Lunatic asylums Punjab 1881-1894 - 1881-1894
Year: 1881
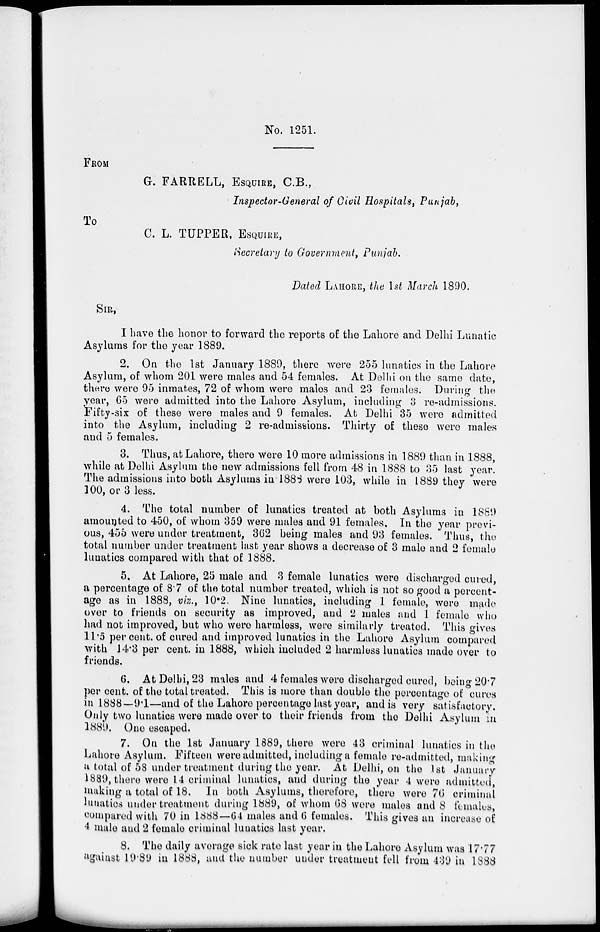
No. 1251.
FROM
G. FARRELL, ESQUIRE, C.B.,
Inspector-General of Civil Hospitals, Punjab,
To
C. L. TUPPER, ESQUIRE,
Secretary to Government, Punjab.
Dated LAHORE, the 1st March 1890.
SIR,
I have the honor to forward the reports of the Lahore and Delhi Lunatic
Asylums for the year 1889.
2. On the 1st January 1889, there were 255 lunatics in the Lahore
Asylum, of whom 201 were males and 54 females. At Delhi on the same date,
there were 95 inmates, 72 of whom were males and 23 females. During the
year, 65 were admitted into the Lahore Asylum, including 3 re-admissions.
Fifty-six of these were males and 9 females. At Delhi 35 were admitted
into the Asylum, including 2 re-admissions. Thirty of these were males
and 5 females.
3. Thus, at Lahore, there were 10 more admissions in 1889 than in 1888,
while at Delhi Asylum the new admissions fell from 48 in 1888 to 35 last year.
The admissions into both Asylums in 1888 were 103, while in 1889 they were
100, or 3 less.
4. The total number of lunatics treated at both Asylums in 1889
amounted to 450, of whom 359 were males and 91 females. In the year previ-
ous, 455 were under treatment, 362 being males and 93 females. Thus, the
total number under treatment last year shows a decrease of 3 male and 2 female
lunatics compared with that of 1888.
5. At Lahore, 25 male and 3 female lunatics were discharged cured,
a percentage of 8.7 of the total number treated, which is not so good a percent-
age as in 1888, viz., 10.2. Nine lunatics, including 1 female, were made
over to friends on security as improved, and 2 males and 1 female who
had not improved, but who were harmless, were similarly treated. This gives
11.5 per cent. of cured and improved lunatics in the Lahore Asylum compared
with 14.3 per cent. in 1888, which included 2 harmless lunatics made over to
friends.
6. At Delhi, 23 males and 4 females were discharged cured, being 20.7
per cent. of the total treated. This is more than double the percentage of cures
in 1888—9.1—and of the Lahore percentage last year, and is very satisfactory.
Only two lunatics were made over to their friends from the Delhi Asylum in
1889. One escaped.
7. On the 1st January 1889, there were 43 criminal lunatics in the
Lahore Asylum. Fifteen were admitted, including a female re-admitted, making
a total of 58 under treatment during the year. At Delhi, on the 1st January
1889, there were 14 criminal lunatics, and during the year 4 were admitted,
making a total of 18. In both Asylums, therefore, there were 76 criminal
lunatics under treatment during 1889, of whom 68 were males and 8 females,
compared with 70 in 1888—64 males and 6 females. This gives an increase of
4 male and 2 female criminal lunatics last year.
8. The daily average sick rate last year in the Lahore Asylum was 17.77
against 19.89 in 1888, and the number under treatment fell from 439 in 1888